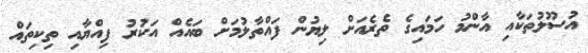
އުސޫލުތަކާއި އާންމު ހަމައިގެ ތެރެއަށް ލިޔުން ފައްތާލުމަށް ބައެއް އަކުރު ފިއްޔާއި ތިކިތައް